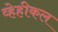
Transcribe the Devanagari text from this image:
व्हेहीकल